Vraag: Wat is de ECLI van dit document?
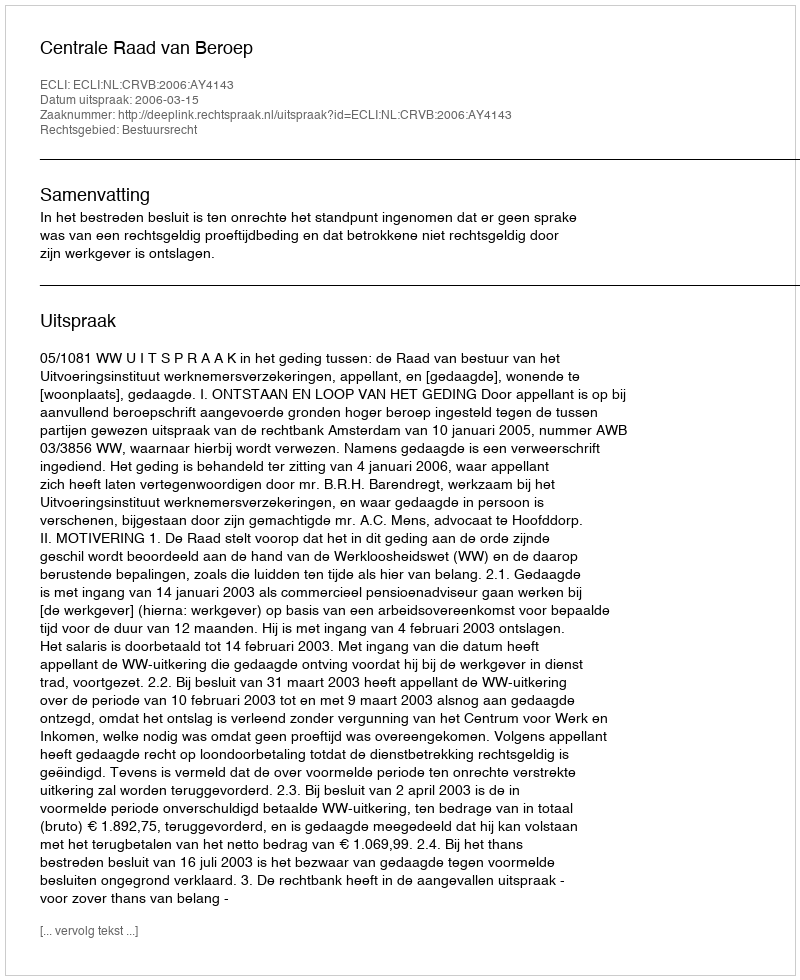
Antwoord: ECLI:NL:CRVB:2006:AY4143